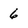
Character: 6